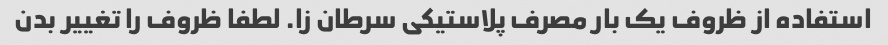
استفاده از ظروف یک بار مصرف پلاستیکی سرطان زا. لطفا ظروف را تغییر بدن